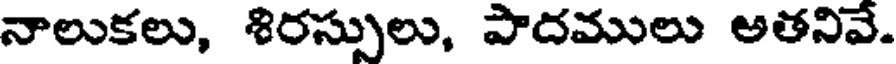
నాలుకలు, శిరస్సులు, పాదములు అతనివే.